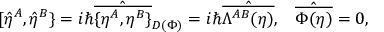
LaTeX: [ \hat { \eta } ^ { A } , \hat { \eta } ^ { B } \} = i \hbar \hat { \overline { { { \{ \eta ^ { A } , \eta ^ { B } \} } } } } _ { D ( \Phi ) } = i \hbar \hat { \overline { { { \Lambda ^ { A B } ( \eta ) } } } } , \; \; \; \hat { \overline { { { \Phi ( \eta ) } } } } = 0 ,